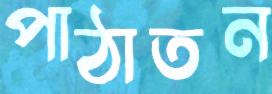
পাঠাতন